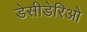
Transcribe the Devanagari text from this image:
डेसीडेरिओ